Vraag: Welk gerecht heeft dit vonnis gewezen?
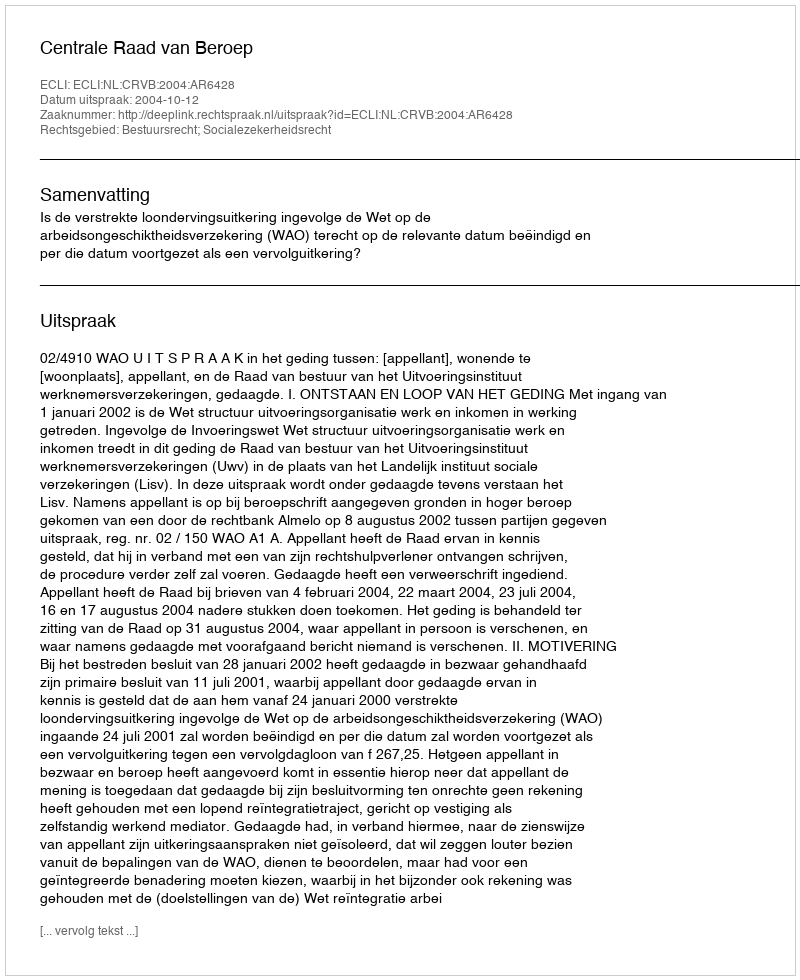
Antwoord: Centrale Raad van Beroep